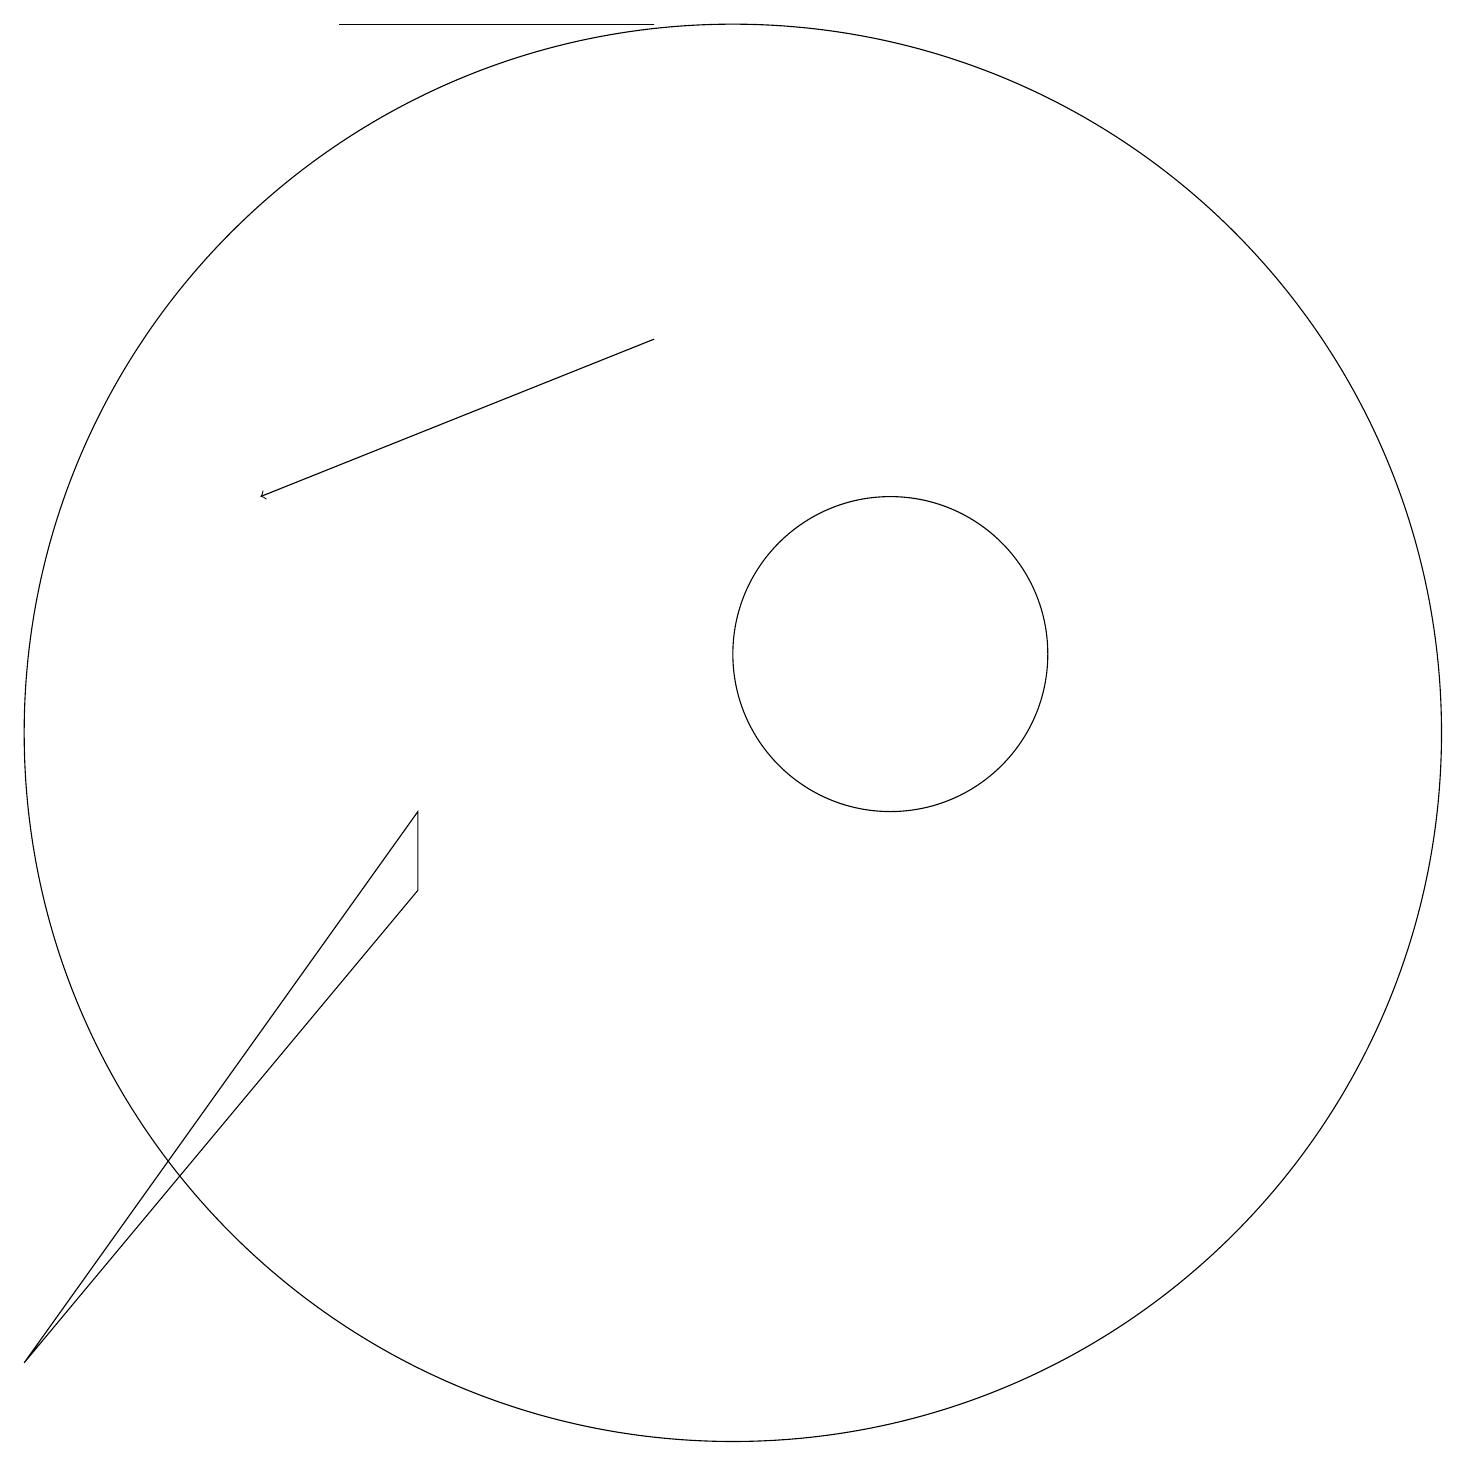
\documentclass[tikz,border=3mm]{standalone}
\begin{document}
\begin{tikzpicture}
\draw (12,11) circle (0);
\draw (5,19) rectangle (9,19);
\draw[->] (9,15) -- (4,13);
\draw (6,9) -- (1,2) -- (6,8) -- cycle;
\draw (12,11) circle (2);
\draw (10,10) circle (9);
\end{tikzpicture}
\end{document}